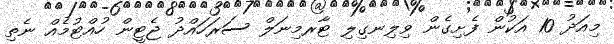
މިއަދު 10 އަކުން ފެށިގެން ވިލިނގިލި ޓާރމިނަލް ސަރަހައްދު ޖެޓީން ހުއްޓުމެއް ނެތި